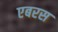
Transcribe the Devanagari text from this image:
एबरस